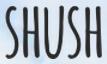
SHUSH